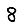
Digit: 8